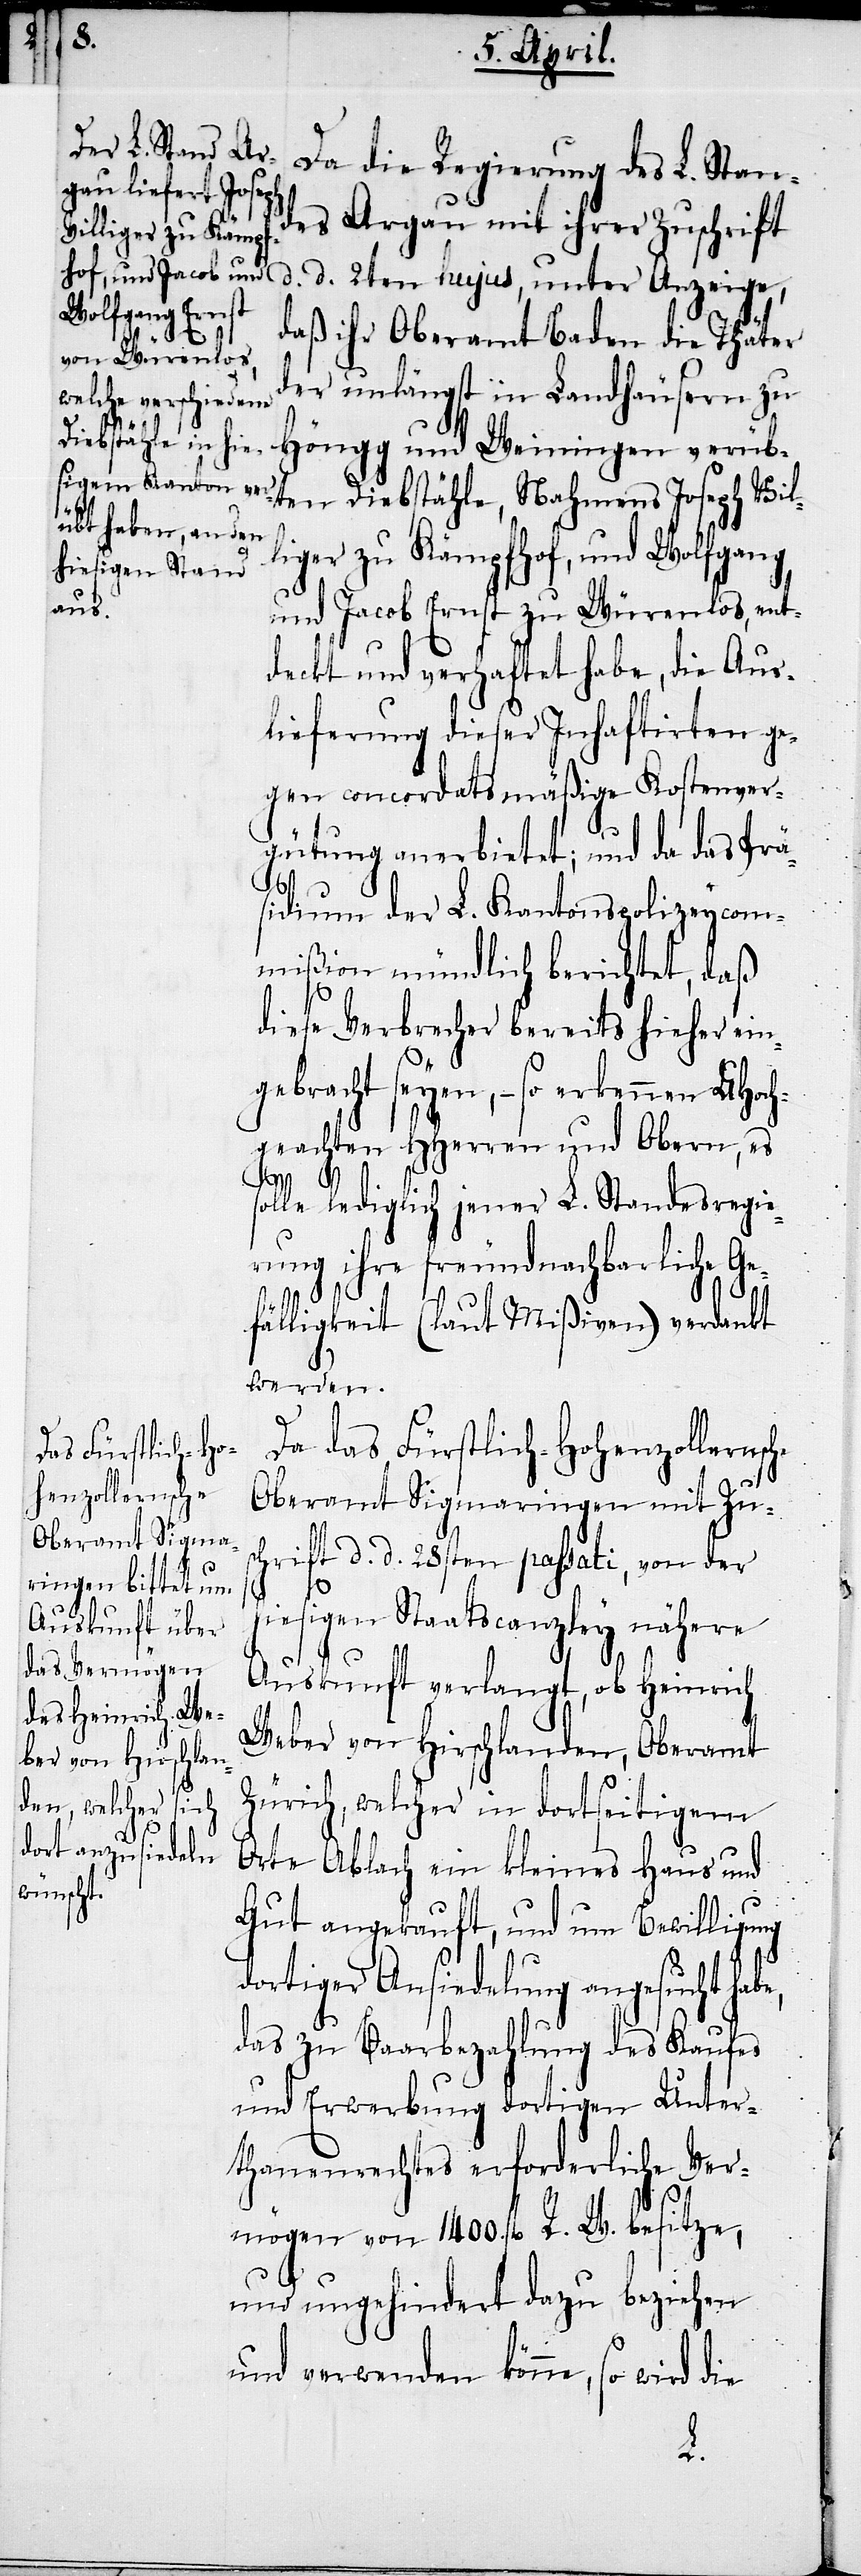
das Fürstlich-Ho¬
henzollernsche
be,

Da die Regierung des L. Stan¬
des Argau mit ihrer Zuschrift
d. d. 2ten hujus, unter Anzeige,
daß ihr Oberamt Baden die Thäter
der unlängst in Landhäusern zu
Höngg und Weiningen verüb¬
ten Diebstähle, Nahmens Joseph Vil¬
liger zu Kämpfhof, und Wolfgang
und Jacob Ernst zu Würenlos, ent¬
deckt und verhaftet habe, die Aus¬
lieferung dieser Inhaftirten ge¬
gen concordatsmäßige Kostenver¬
gütung anerbietet; und da das Prä¬
sidium der L. Kantonspolizeycom¬
mißion mündlich berichtet, daß
diese Verbrecher bereits hieher ein¬
gebracht seyen, – so erkennen UHoch¬
geachten HHerren und Obern, es
solle lediglich jener L. Standesregie¬
rung ihre freundnachbarliche Ge¬
fälligkeit (laut Mißiven) verdankt
werden.
Oberamt Sigmaringen mit Zus¬
chrift d. d. 28sten passati, von der
hiesigen Staatscanzley nähere
Auskunft verlangt, ob Heinrich
Weber von Hirschlanden, Oberamt
Zürich, welcher in dortseitigem
Orte Ablach ein kleines Haus und
Gut angekauft, und um Bewilligung
dortiger Ansiedelung angesucht ha¬
das zu Baarbezahlung des Kaufes
und Erwerbung dortigen Unter¬
thanenrechtes erforderliche Ver¬
mögen von 1400. fl. R. W. besitze,
und ungehindert dazu beziehen
und verwenden könne, so wird die